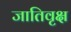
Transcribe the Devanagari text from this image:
जातिवृक्ष